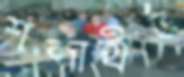
শব্দাহীত